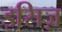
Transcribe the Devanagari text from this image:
इसिज़